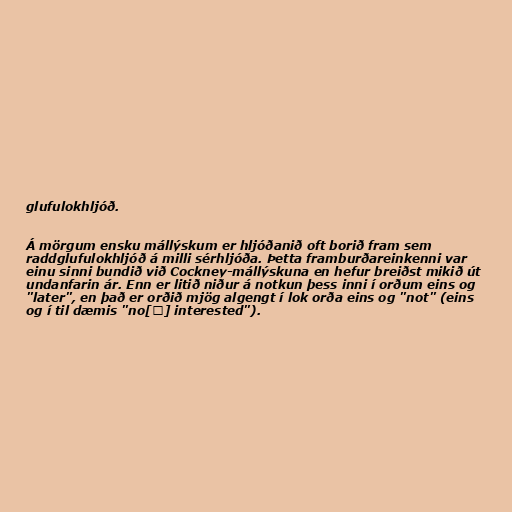
glufulokhljóð.

Á mörgum ensku mállýskum er hljóðanið oft borið fram sem
raddglufulokhljóð á milli sérhljóða. Þetta framburðareinkenni var
einu sinni bundið við Cockney-mállýskuna en hefur breiðst mikið út
undanfarin ár. Enn er litið niður á notkun þess inni í orðum eins og
"later", en það er orðið mjög algengt í lok orða eins og "not" (eins
og í til dæmis "no[ʔ] interested").